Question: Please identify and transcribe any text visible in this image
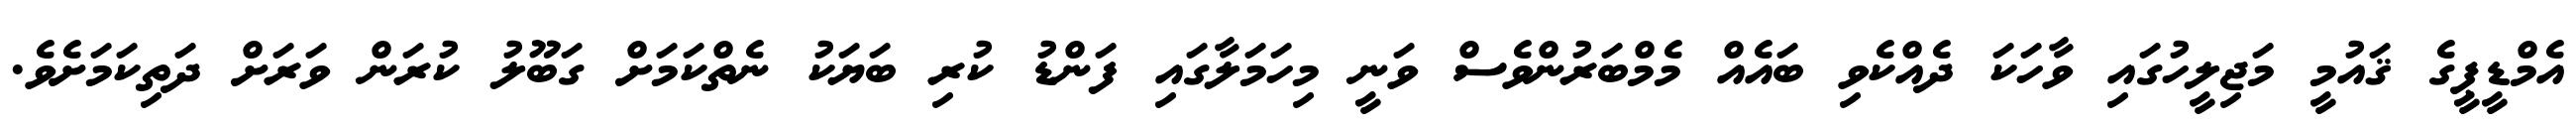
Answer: އެމްޑީޕީގެ ޤައުމީ މަޖިލީހުގައި ވާހަކަ ދެއްކެވި ބައެއް މެމްބަރުންވެސް ވަނީ މިހަމަލާގައި ފަންޑު ކުރި ބަޔަކު ނެތްކަމަށް ގަބޫލު ކުރަން ވަރަށް ދަތިކަމަށެވެ.